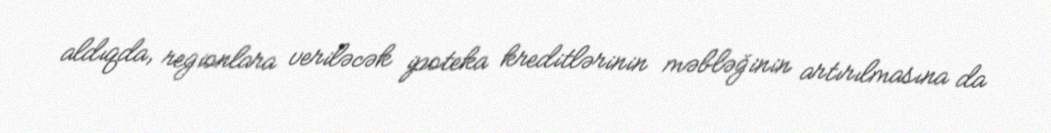
aldıqda, regionlara veriləcək ipoteka kreditlərinin məbləğinin artırılmasına da